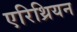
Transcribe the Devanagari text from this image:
एरिथ्रियन